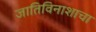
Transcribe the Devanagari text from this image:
जातिविनाशाचा